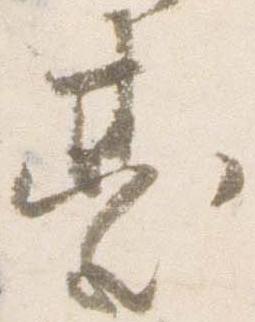
台